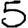
Digit: 5